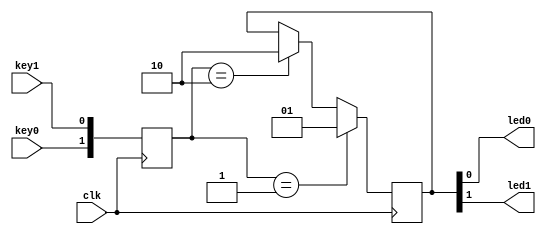
module  select_mode(
		input wire clk,key0,key1,
		output wire led0,led1);
		
reg  [1:0] ledr;
reg  [1:0] keys;


		 
always @(posedge clk ) begin
	keys<={key0,key1};

	if(keys == 2'b01) begin //50HZ
		ledr <= 2'b01;
	
	end
	
	else if(keys == 2'b10) begin //60Hz
		ledr <= 2'b10;
	
		
	end




	
end

assign led0 = ledr[0];
assign led1 = ledr[1];	

	
endmodule